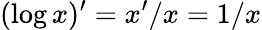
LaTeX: (\log x)^{\prime}=x^{\prime}/x=1/x